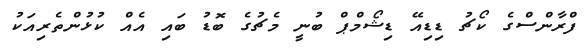
ފްރާންސްގެ ކޯޗު ޑިޑިއޭ ޑިޝޯމްޕް ބުނީ މެޗުގެ ބޮޑު ބައި އެއް ކުޅުންތެރިއަކު